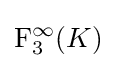
\mathrm {F} _{3}^{\infty }(K)